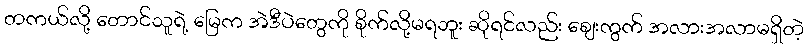
တကယ်လို့ တောင်သူရဲ့ မြေက အဲဒီပဲတွေကို စိုက်လို့မရဘူး ဆိုရင်လည်း ဈေးကွက် အလားအလာမရှိတဲ့